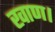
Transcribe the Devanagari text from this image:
खाण।